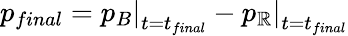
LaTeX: p_{final}=\left.p_{B}\right|_{t=t_{final}}-\left.p_{\mathbb{R}}\right|_{t=t_{final}}